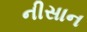
નીસાન